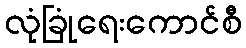
လုံခြုံရေးကောင်စီ